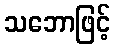
သဘောဖြင့်